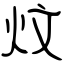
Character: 炆